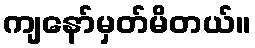
ကျနော်မှတ်မိတယ်။